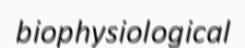
biophysiological